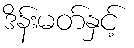
ဒိန်းမတ်နှင့်